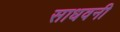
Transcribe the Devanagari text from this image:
साधवनी